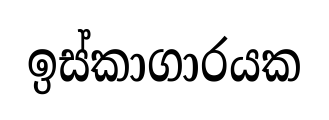
ඉස්කාගාරයක